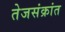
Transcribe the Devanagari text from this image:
तेजसंक्रांत